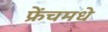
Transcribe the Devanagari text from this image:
फ्रेंचमधे